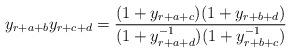
LaTeX: \begin{align*} y_{r+a+b}y_{r+c+d} = \frac{(1+y_{r+a+c})(1+y_{r+b+d})}{(1+y_{r+a+d}^{-1})(1+y_{r+b+c}^{-1})}\end{align*}